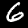
Digit: 6